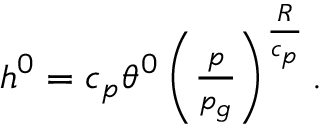
\begin{array} { r } { h ^ { 0 } = c _ { p } \theta ^ { 0 } \left( \frac { p } { p _ { g } } \right) ^ { \frac { R } { c _ { p } } } . } \end{array}